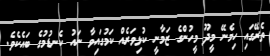
ތެރޭގައި ހިމެނޭ މީދޫ މީހުންގެ ޒަމާނީ ކުޅިވަރެއް ކަމުގައިވާ ނައު ކެނޑުމުގެ ބައެކެވެ.